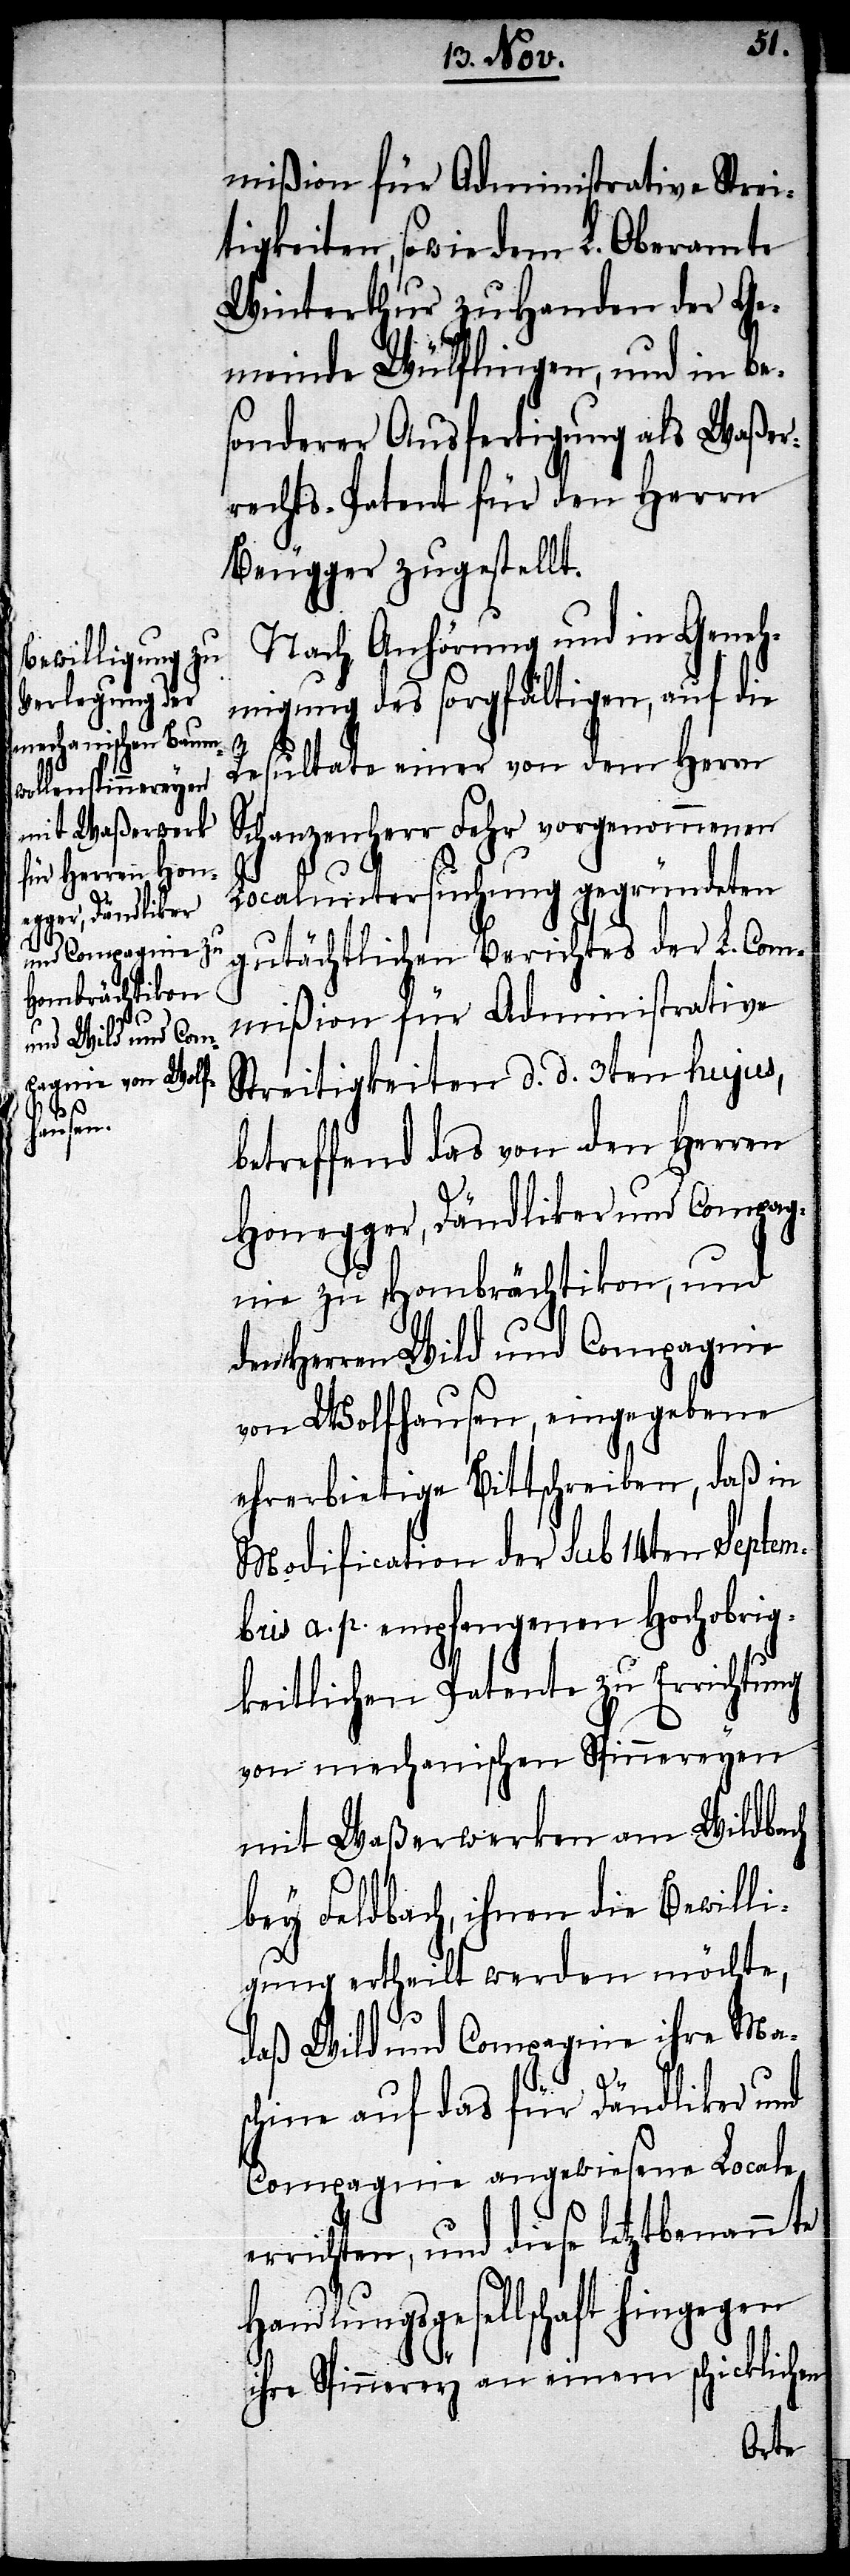
mißion für Administrative Strei¬
tigkeiten, sowie dem L. Oberamte
Winterthur zu Handen der Ge¬
meinde Wülflingen, und in be¬
sonderer Ausfertigung als Waßer¬
rechts-Patent für den Herrn
Beugger zugestellt.
Nach Anhörung und in Geneh¬
migung des sorgfältigen, auf die
Resultate einer von dem Herrn
Schanzenherr Fehr vorgenommenen
e¬
Localuntersuchung gegründeten
gutächtlichen Berichtes der L. Com¬
mißion für Administrative
Streitigkeiten d. d. 3ten hujus,
betreffend das von den Herren
Honegger, Dändliker und Compag¬
nie zu Hombrächtikon, und
den Herren Wild und Compagnie
von Wolfhausen, eingegebene
ehrerbietige Bittschreiben, daß in
Modification der sub 14ten Septem¬
bris a. p. empfangenen Hochobrig¬
keitlichen Patente zu Errichtung
von mechanischen Spinnereyen
mit Waßerwerken am Wildbach
bey Feldbach, ihnen die Bewilli¬
gung ertheilt werden möchte,
daß Wild und Compagnie ihre Mas¬
chine auf das für Dändliker und
Compagnie angewiesene Locale
rrichten, und diese letztbenannte
Handlungsgesellschaft hingegen
ihre Spinnerey an einem schicklichen